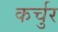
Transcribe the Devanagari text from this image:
कर्चुर